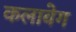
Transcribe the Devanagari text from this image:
कलावेग